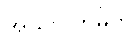
အယ်လ်ဘမ်ကို